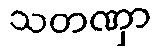
သတဏှာ